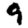
Digit: 9